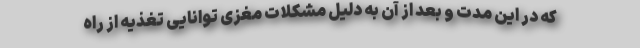
که در این مدت و بعد از آن به دلیل مشکلات مغزی توانایی تغذیه از راه